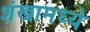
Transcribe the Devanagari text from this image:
शंखामध्ये